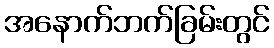
အနောက်ဘက်ခြမ်းတွင်